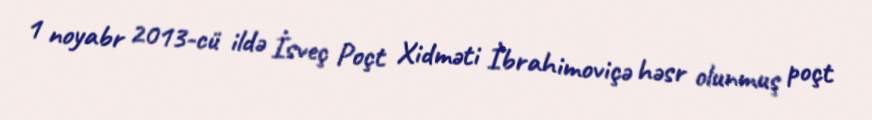
1 noyabr 2013-cü ildə İsveç Poçt Xidməti İbrahimoviçə həsr olunmuş poçt